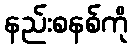
နည်းစနစ်ကို